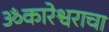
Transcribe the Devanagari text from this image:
ॐकारेश्वराचा